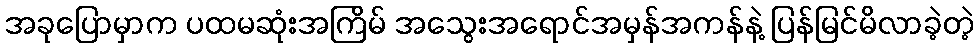
အခုပြောမှာက ပထမဆုံးအကြိမ် အသွေးအရောင်အမှန်အကန်နဲ့ ပြန်မြင်မိလာခဲ့တဲ့